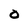
Character: 0